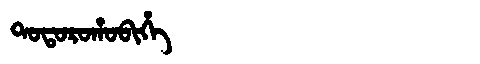
Manchu: ᡨᠣᡨᠣᡵᠣᡥᠣᠪᡳᡥᡝ
Romanization: TOTOROHOBIHE